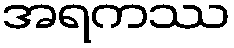
အရကဿ